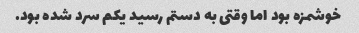
خوشمزه بود اما وقتی به دستم رسید یکم سرد شده بود.